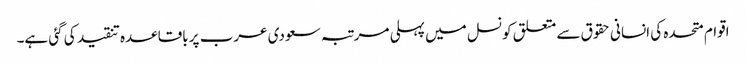
اقوام متحدہ کی انسانی حقوق سے متعلق کونسل میں پہلی مرتبہ سعودی عرب پر باقاعدہ تنقید کی گئی ہے۔